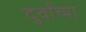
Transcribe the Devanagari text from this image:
दुर्वांच्या